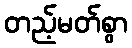
တည့်မတ်စွာ